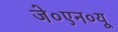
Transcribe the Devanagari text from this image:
जे०एन०यू